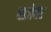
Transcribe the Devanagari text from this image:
बाजेवर